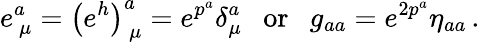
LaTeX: e_{~\mu}^{a}=\left(e^{h}\right)_{~\mu}^{a}=e^{p^{a}}\delta_{\mu}^{a}~~~\mathrm{or}~~~g_{aa}=e^{2p^{a}}\eta_{aa}\, .